Civil Veterinary Department. United Provinces 1912-22 - 1912-1922
Year: 1912
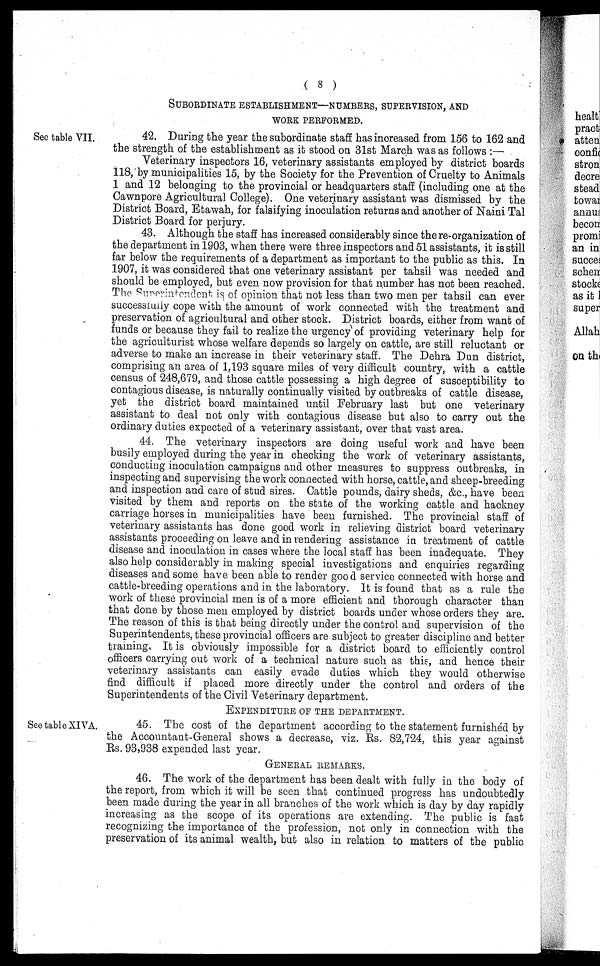
( 8 )
SUBORDINATE ESTABLISHMENT—NUMBERS, SUPERVISION, AND
WORK PERFORMED.
See table VII.
42. During the year the subordinate staff has increased from 156 to 162 and
the strength of the establishment as it stood on 31st March was as follows :—
Veterinary inspectors 16, veterinary assistants employed by district boards
118, by municipalities 15, by the Society for the Prevention of Cruelty to Animals
1 and 12 belonging to the provincial or headquarters staff (including one at the
Cawnpore Agricultural College). One veterinary assistant was dismissed by the
District Board, Etawah, for falsifying inoculation returns and another of Naini Tal
District Board for perjury.
43. Although the staff has increased considerably since the re-organization of
the department in 1903, when there were three inspectors and 51 assistants, it is still
far below the requirements of a department as important to the public as this. In
1907, it was considered that one veterinary assistant per tahsil was needed and
should be employed, but even now provision for that number has not been reached.
The Superintendent is of opinion that not less than two men per tahsil can ever
successfully cope with the amount of work connected with the treatment and
preservation of agricultural and other stock. District boards, either from want of
funds or because they fail to realize the urgency of providing veterinary help for
the agriculturist whose welfare depends so largely on cattle, are still reluctant or
adverse to make an increase in their veterinary staff. The Dehra Dun district,
comprising an area of 1,193 square miles of very difficult country, with a cattle
census of 248,679, and those cattle possessing a high degree of susceptibility to
contagious disease, is naturally continually visited by outbreaks of cattle disease,
yet the district board maintained until February last but one veterinary
assistant to deal not only with contagious disease but also to carry out the
ordinary duties expected of a veterinary assistant, over that vast area.
44. The veterinary inspectors are doing useful work and have been
busily employed during the year in checking the work of veterinary assistants,
conducting inoculation campaigns and other measures to suppress outbreaks, in
inspecting and supervising the work connected with horse, cattle, and sheep-breeding
and inspection and care of stud sires. Cattle pounds, dairy sheds, &c., have been
visited by them and reports on the state of the working cattle and hackney
carriage horses in municipalities have been furnished. The provincial staff of
veterinary assistants has done good work in relieving district board veterinary
assistants proceeding on leave and in rendering assistance in treatment of cattle
disease and inoculation in cases where the local staff has been inadequate. They
also help considerably in making special investigations and enquiries regarding
diseases and some have been able to render good service connected with horse and
cattle-breeding operations and in the laboratory. It is found that as a rule the
work of these provincial men is of a more efficient and thorough character than
that done by those men employed by district boards under whose orders they are.
The reason of this is that being directly under the control and supervision of the
Superintendents, these provincial officers are subject to greater discipline and better
training. It is obviously impossible for a district board to efficiently control
officers carrying out work of a technical nature such as this, and hence their
veterinary assistants can easily evade duties which they would otherwise
find difficult if placed more directly under the control and orders of the
Superintendents of the Civil Veterinary department.
EXPENDITURE OF THE DEPARTMENT.
See table XIVA.
45. The cost of the department according to the statement furnished by
the Accountant-General shows a decrease, viz. Rs. 82,724, this year against
Rs. 93,938 expended last year.
GENERAL REMARKS.
46. The work of the department has been dealt with fully in the body of
the report, from which it will be seen that continued progress has undoubtedly
been made during the year in all branches of the work which is day by day rapidly
increasing as the scope of its operations are extending. The public is fast
recognizing the importance of the profession, not only in connection with the
preservation of its animal wealth, but also in relation to matters of the public